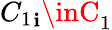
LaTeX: {C_{1}}_{\mathbf{i}}\inC_{1}